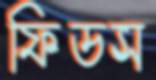
ফিডস